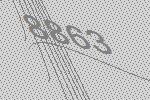
8863